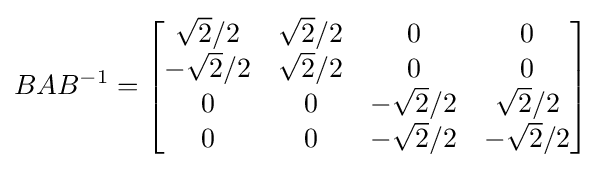
BAB^{-1}={\begin{bmatrix}{\sqrt {2}}/2&{\sqrt {2}}/2&0&0\\-{\sqrt {2}}/2&{\sqrt {2}}/2&0&0\\0&0&-{\sqrt {2}}/2&{\sqrt {2}}/2\\0&0&-{\sqrt {2}}/2&-{\sqrt {2}}/2\end{bmatrix}}